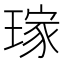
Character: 𤨎